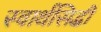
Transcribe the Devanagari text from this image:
स्वार्थसिद्धी